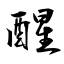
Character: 醒